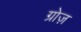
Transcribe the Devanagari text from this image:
ग्रोज़